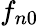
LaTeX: f_{n0}